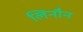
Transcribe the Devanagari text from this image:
लिनौन